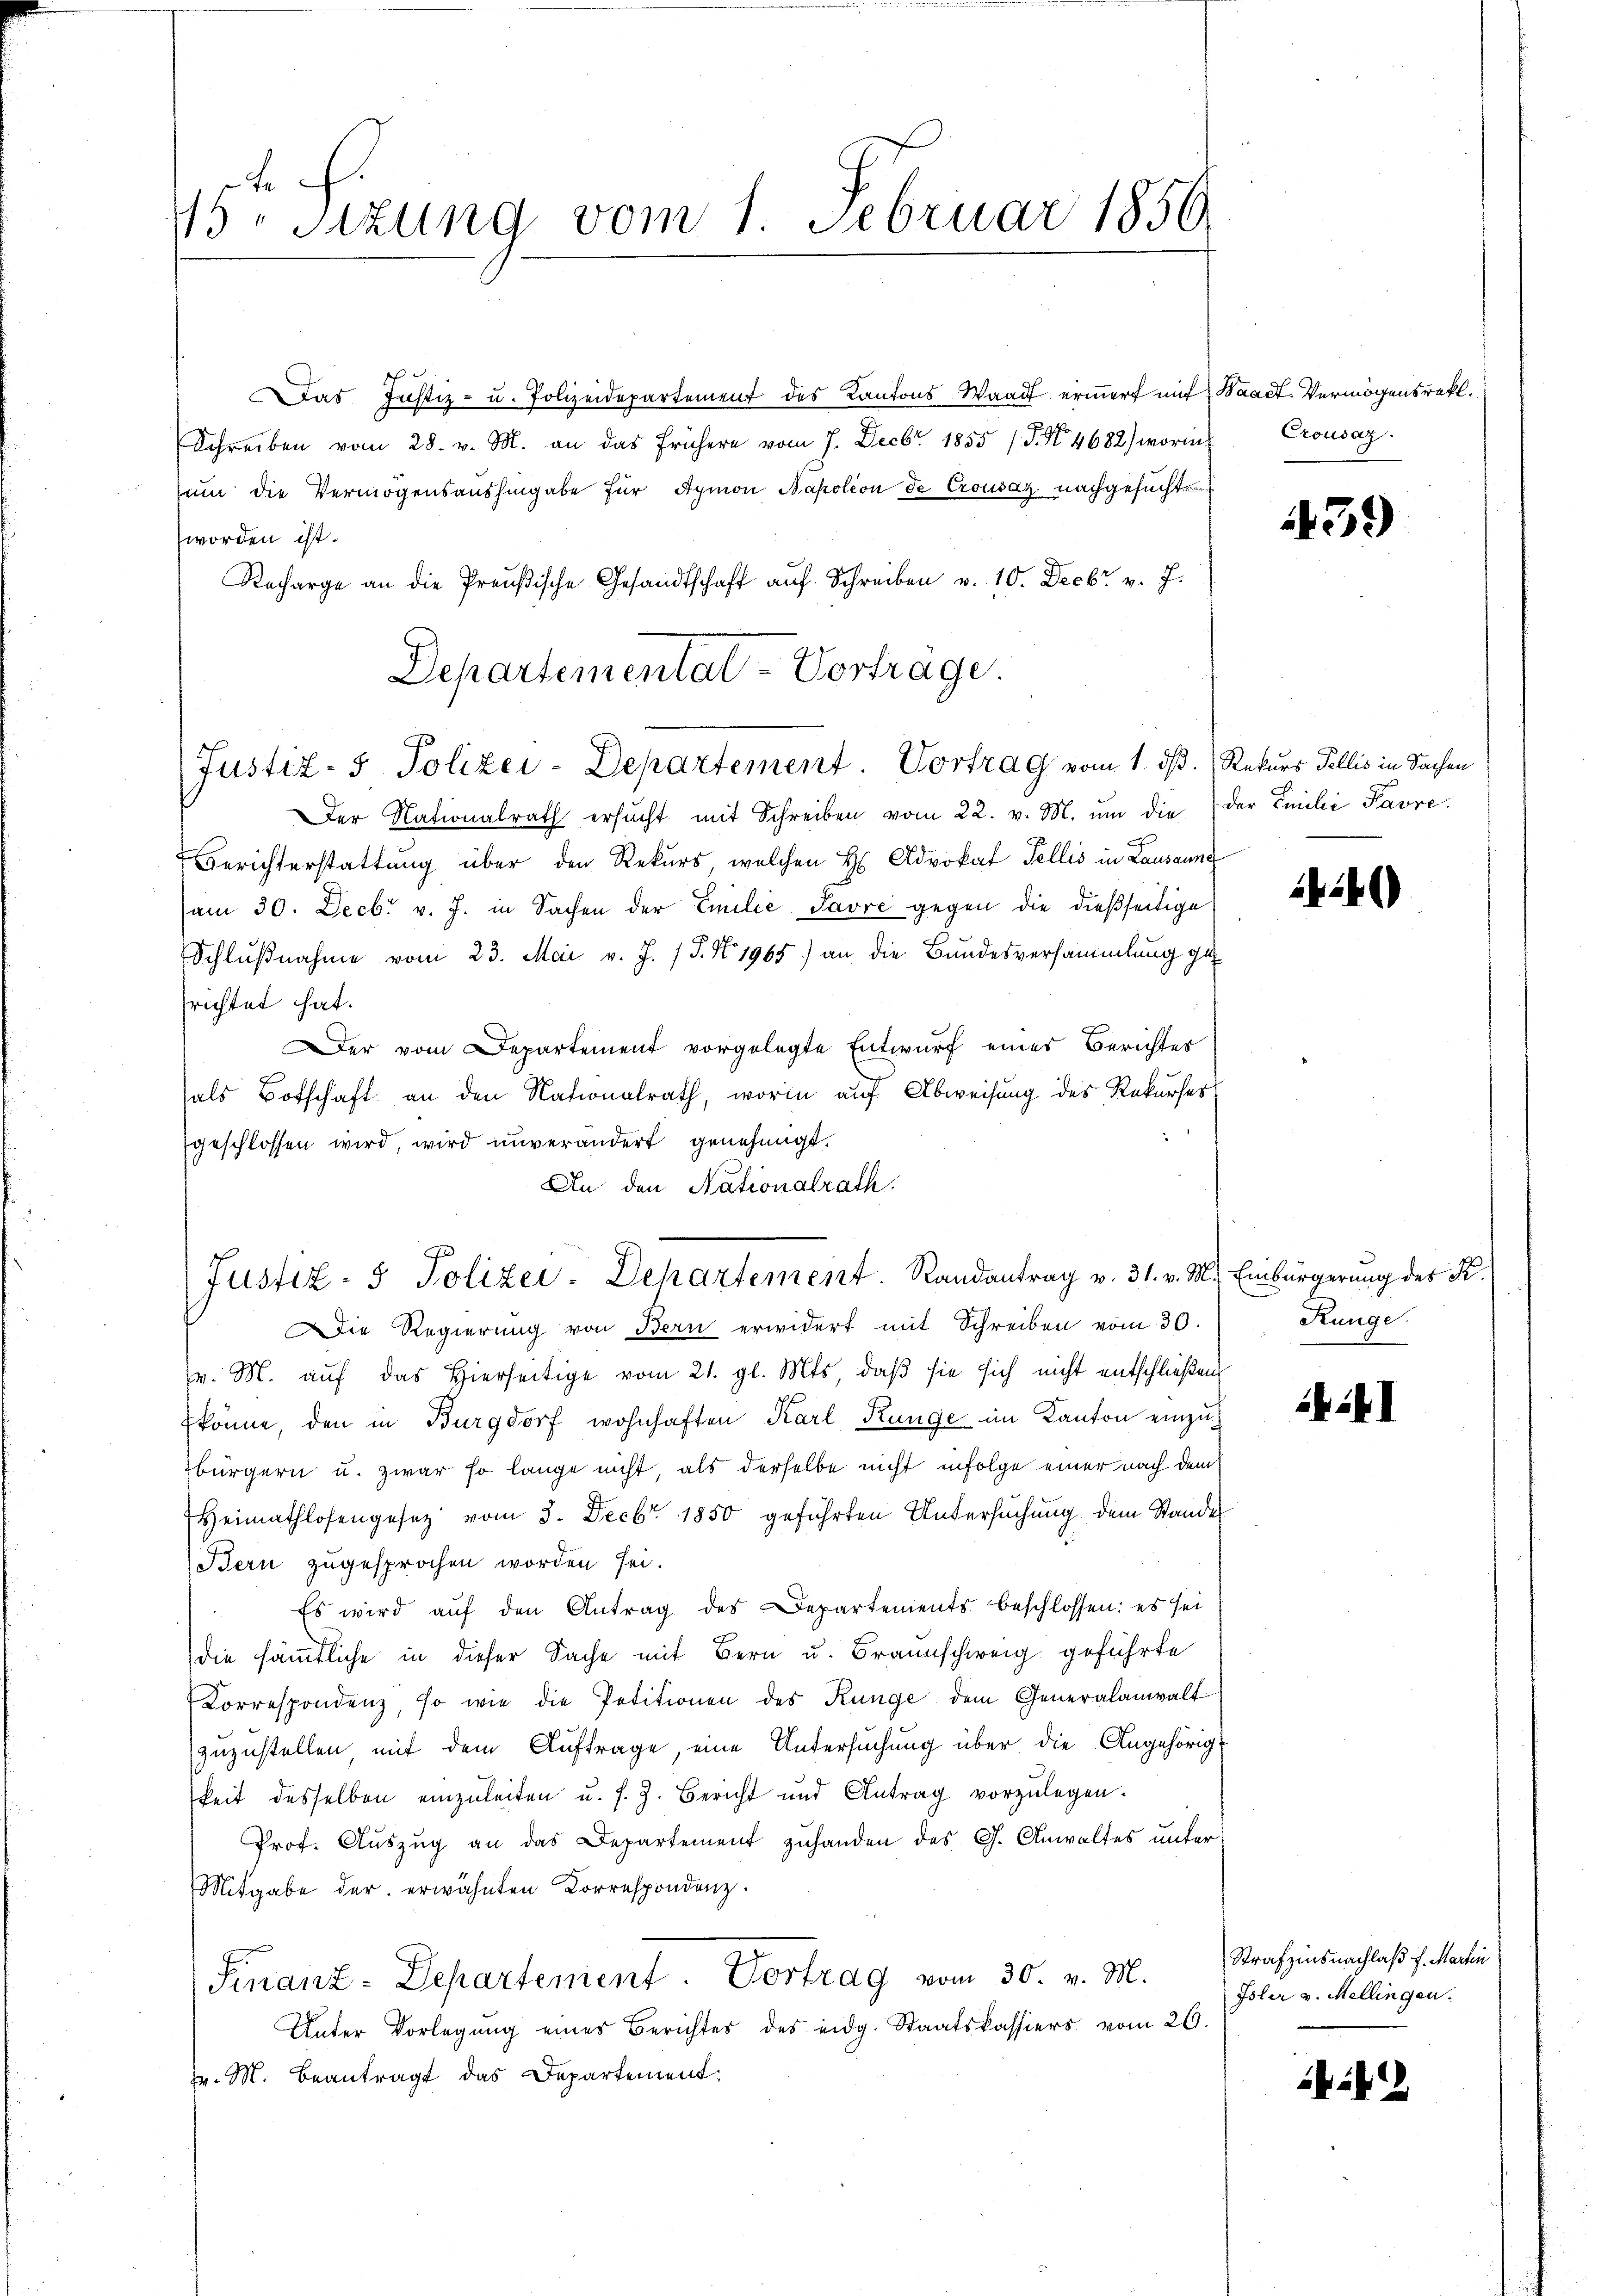
e
13 sizung vom 1. Februar 1856

Departementat-Vorträge.
Justiz- & Polizei-Departement. Vortrag vom 1. dß. Rekurs Fellis in Sachen

Justiz- & Polizei-Departement. Randantrag v. 31. v. M. Einbürgerung des K.

d
Das Justiz- u. Polizeidepartement des Kantons Waadt erinnert mit
Schreiben vom 28. v. M. an das frühern vom 7. Decbr 1855 / 5. No 4682) worin
um die Vermögensaushingabe für Aymon Napolion de Crousaz nachgesuchte
worden ist.
Recharge an die Preußische Gesandtschaft aŭf Schreiben v. 10. Decbr. v. J.
er Nationalrath ersŭcht mit Schreiben vom 22. v. M. um die
Berichterstattung über den Rekurs welchen H Advokat Fellis in Lausanne
am 30. Decbr v. J. in Sachen der Emilie Javre gegen die dießseitige
Schlußnahme vom 23. Mai v. J. 1 S. N. 1965) an die Bundesversammlung gesrichtet hat.
er vom Departement vorgelegte Entwurf einer Berichtes
als Botschaft an den Nationalrath, worin auf Abweisung des Rekurses
geschlossen wird, wird unverändert genehmigt.
An den Nationalrath.

Waadt, Vermögensrekt.
Crousaz.

Die Regierung von Bern erwidert mit Schreiben vom 30.
v. M. auf das Hierseitige vom 21. gl. Mts, daß sie sich nicht entschließen
könne, den in Burgdorf wohnhaften Karl Künge im Kanton einzubürgern u. zwar so lange nicht, als derselbe nicht infolge einer nach dem
Heimathlosengesetz vom 3. Decbr. 1850 geführten Untersuchung dem Stande
Bern zugesprochen worden sei.
Es wird aŭf den Antrag des Departements beschlossen: es sei
die sämmtliche in dieser Sache mit Bern u. Braunschweig geführte
Correspondenz, so wie die Petitionen des Künge dem Generalanwalt
zuzustellen mit dem Auftrage, eine Untersuchung über die Angehörig-
keit desselben einzuleiten u. s. Z. Bericht und Antrag vorzŭlegen.
Prof. Auszug an das Departement zuhanden des G. Anwaltes unter
Mitgabe der erwähnten Correspondenz.
Sinanz-Departement. Vortrag vom 30. v. M.
Unter Vorlegŭng eines Berichtes des eidg. Staatskassiers vom 26.
J. M. beantragt das Departement.

39)

der Emilie Pavre.

2)

Runge.

XIII

Strafzinsnachlaß f. Martin
Isler v. Mellingen.

ib